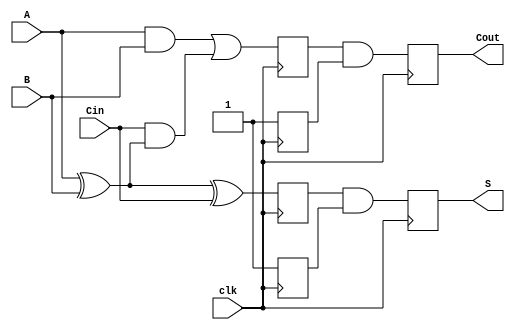
module dynamic_full_adder (
    input wire A,      // First binary input
    input wire B,      // Second binary input
    input wire Cin,    // Carry-in input
    input wire clk,    // Clock signal
    output reg S,      // Sum output
    output reg Cout    // Carry-out output
);

    // Internal signals for dynamic logic
    reg precharge_S, precharge_Cout;
    reg eval_S, eval_Cout;

    // Precharge phase
    always @(posedge clk) begin
        // Precharge outputs to high (1)
        precharge_S <= 1'b1;
        precharge_Cout <= 1'b1;
    end

    // Evaluation phase
    always @(negedge clk) begin
        // Evaluate the sum (S) using dynamic logic
        eval_S <= (A ^ B) ^ Cin; // S = A  B  Cin
        // Evaluate the carry-out (Cout) using dynamic logic
        eval_Cout <= (A & B) | (Cin & (A ^ B)); // Cout = (A  B) + (Cin  (A  B))

        // Assign evaluated values to outputs
        S <= eval_S & precharge_S; // Ensure S is valid only when precharged
        Cout <= eval_Cout & precharge_Cout; // Ensure Cout is valid only when precharged
    end

endmodule